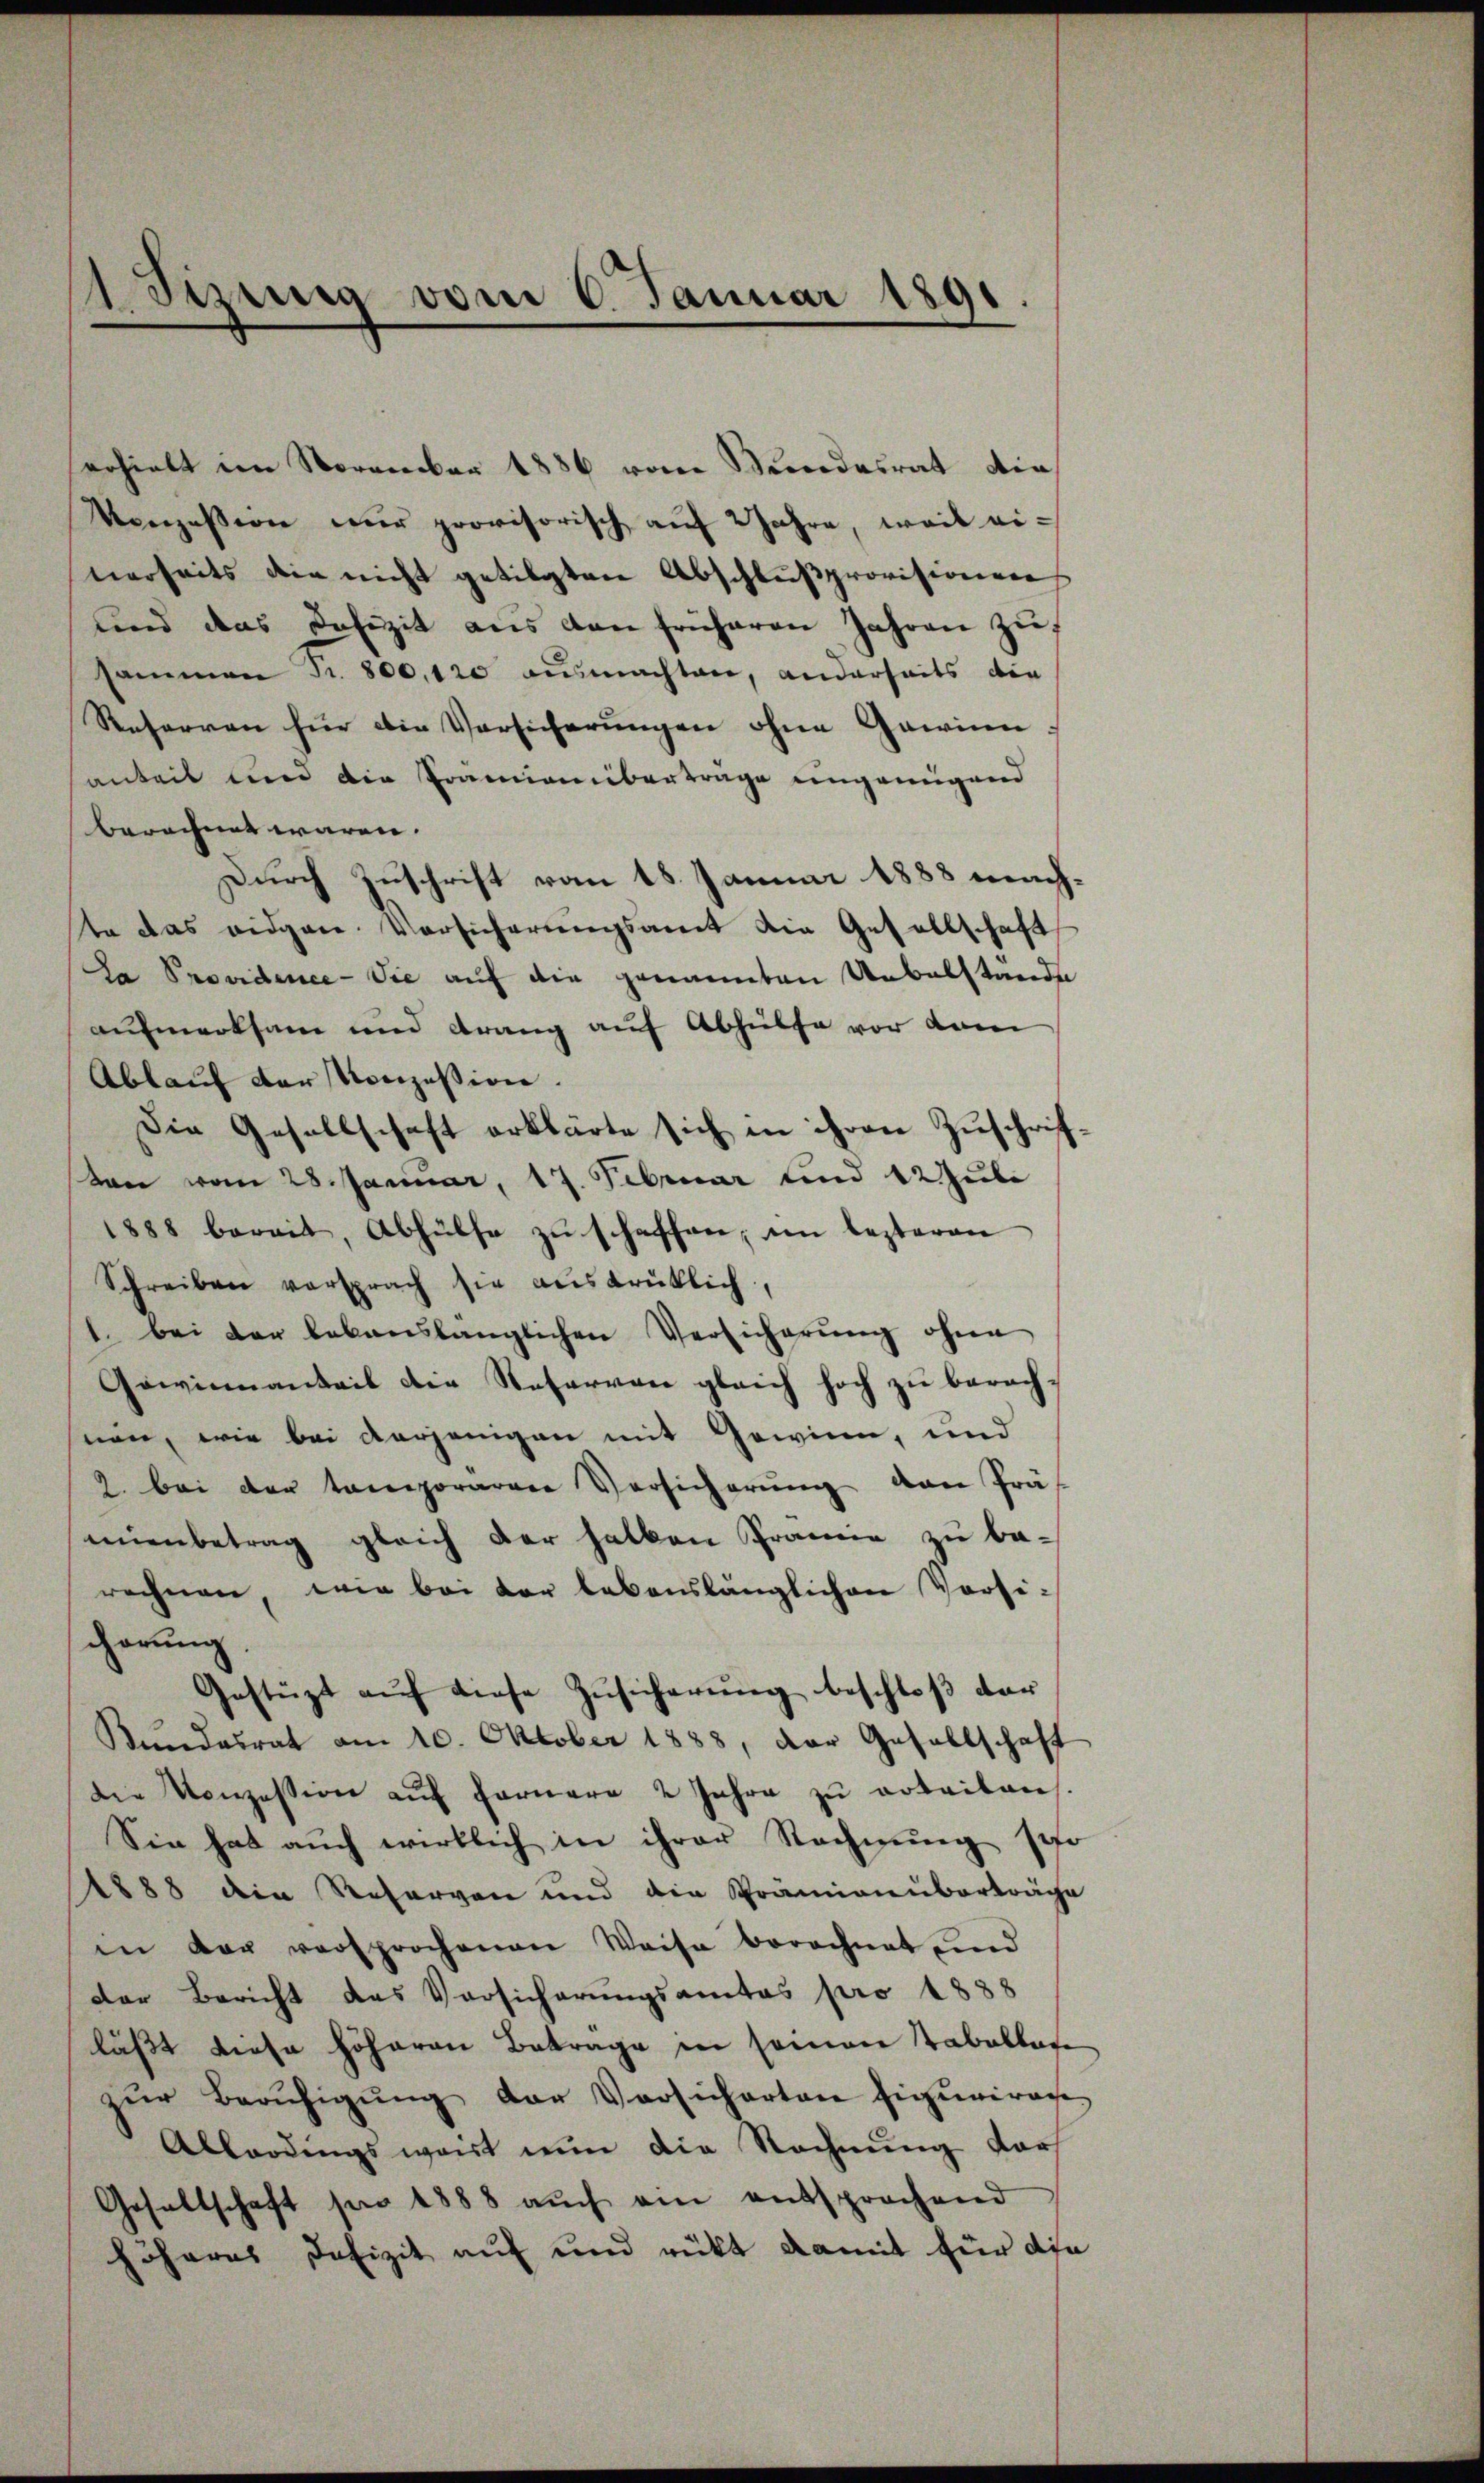
1 Sizung vom 6. Januar 1891.

erhielt im November 1886 vom Bundesrat die
Konzession nur provisorisch auf 2 Jahre, weil eivierseits die nicht getilgten Abschlußprovisionen
ŭnd das Defizit aus den früheren Jahren zŭ
sammen Fr. 800. 120 ausmachten, anderseits die
Reserren für die Versicherungen ohne Gawine:
anteil und die Prämienübertrage eingenügend
berechnet wären.
Durch Zuschrift vom 18. Januar 1888 machte das eidgen. Vorsicherungsamt die Gesellschaft
Da Providence - Sie auf die genannten Uebelstande
aufmerksam und drang auf Abhülfe vor dam
Ablauf der Konzession.
Die Gesellschaft erklärte sich in ihren Zuschrif¬
Kann vom 28. Januar, 17. Februar und 12 Juli
1888 bereit, Abhülfe zŭ schaffen, im lezteren
Schreiben versprach sie ausdrüklich,
1. bei der lebenslänglichen Versicherung ohne
Gowinnanteil die Reservon gleich hoch zu berachnen, wie bei derjenigen mit Gewinn, und
2 bei der temporärere Versicherŭng von Präs
mnenbetrag gleich der halben Prämie zu be-
rechnen, wie bei der lebenslänglichen Vorsichörung
Gestüzt aŭf diese Zŭsicherŭng beschloß dar
Kundesrat am 10. Oktober 1888, der Gesellschaft
die Konzession auf Fernere 2 Jahre zu ertailans.
Sie hat auch wirklich in ihrer Rechnung sehr
1888 die Reserven und die Prämianuberträge
in der versprochenen Weise berechnet und
Der Bericht des Versicherungsamtas pro 1888
lässt diese höheren Betrage in seinen Tabellate
zŭr Berŭfigŭng der Vorsicherten figurirag
Abbardingsweist nun die Rechnung dars
Gesellschaft für 1888 aŭch am entsprochend
höheres Defizit auf und rückt damit für die